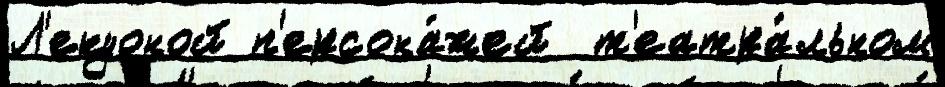
Л'екуоной п'ерсона́жей  т'еатра́льном